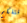
قتلكم